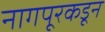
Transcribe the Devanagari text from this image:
नागपूरकडून